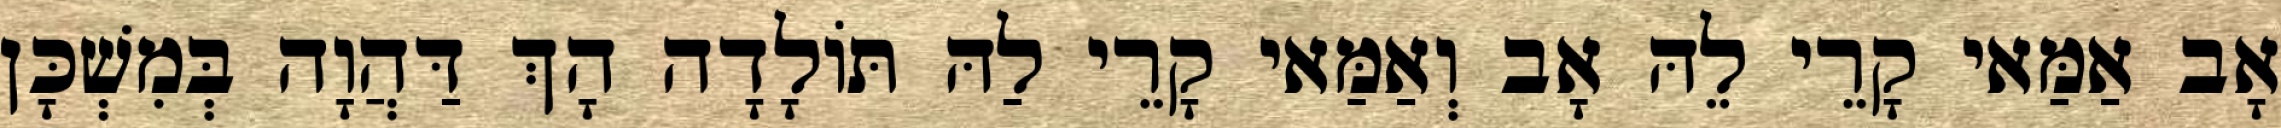
אָב אַמַּאי קָרֵי לֵהּ אָב וְאַמַּאי קָרֵי לַהּ תּוֹלָדָה הָךְ דַּהֲוָה בְּמִשְׁכָּן